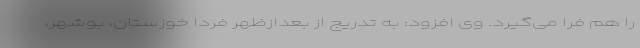
را هم فرا می‌گیرد. وی افزود: به تدریج از بعدازظهر فردا خوزستان، بوشهر،